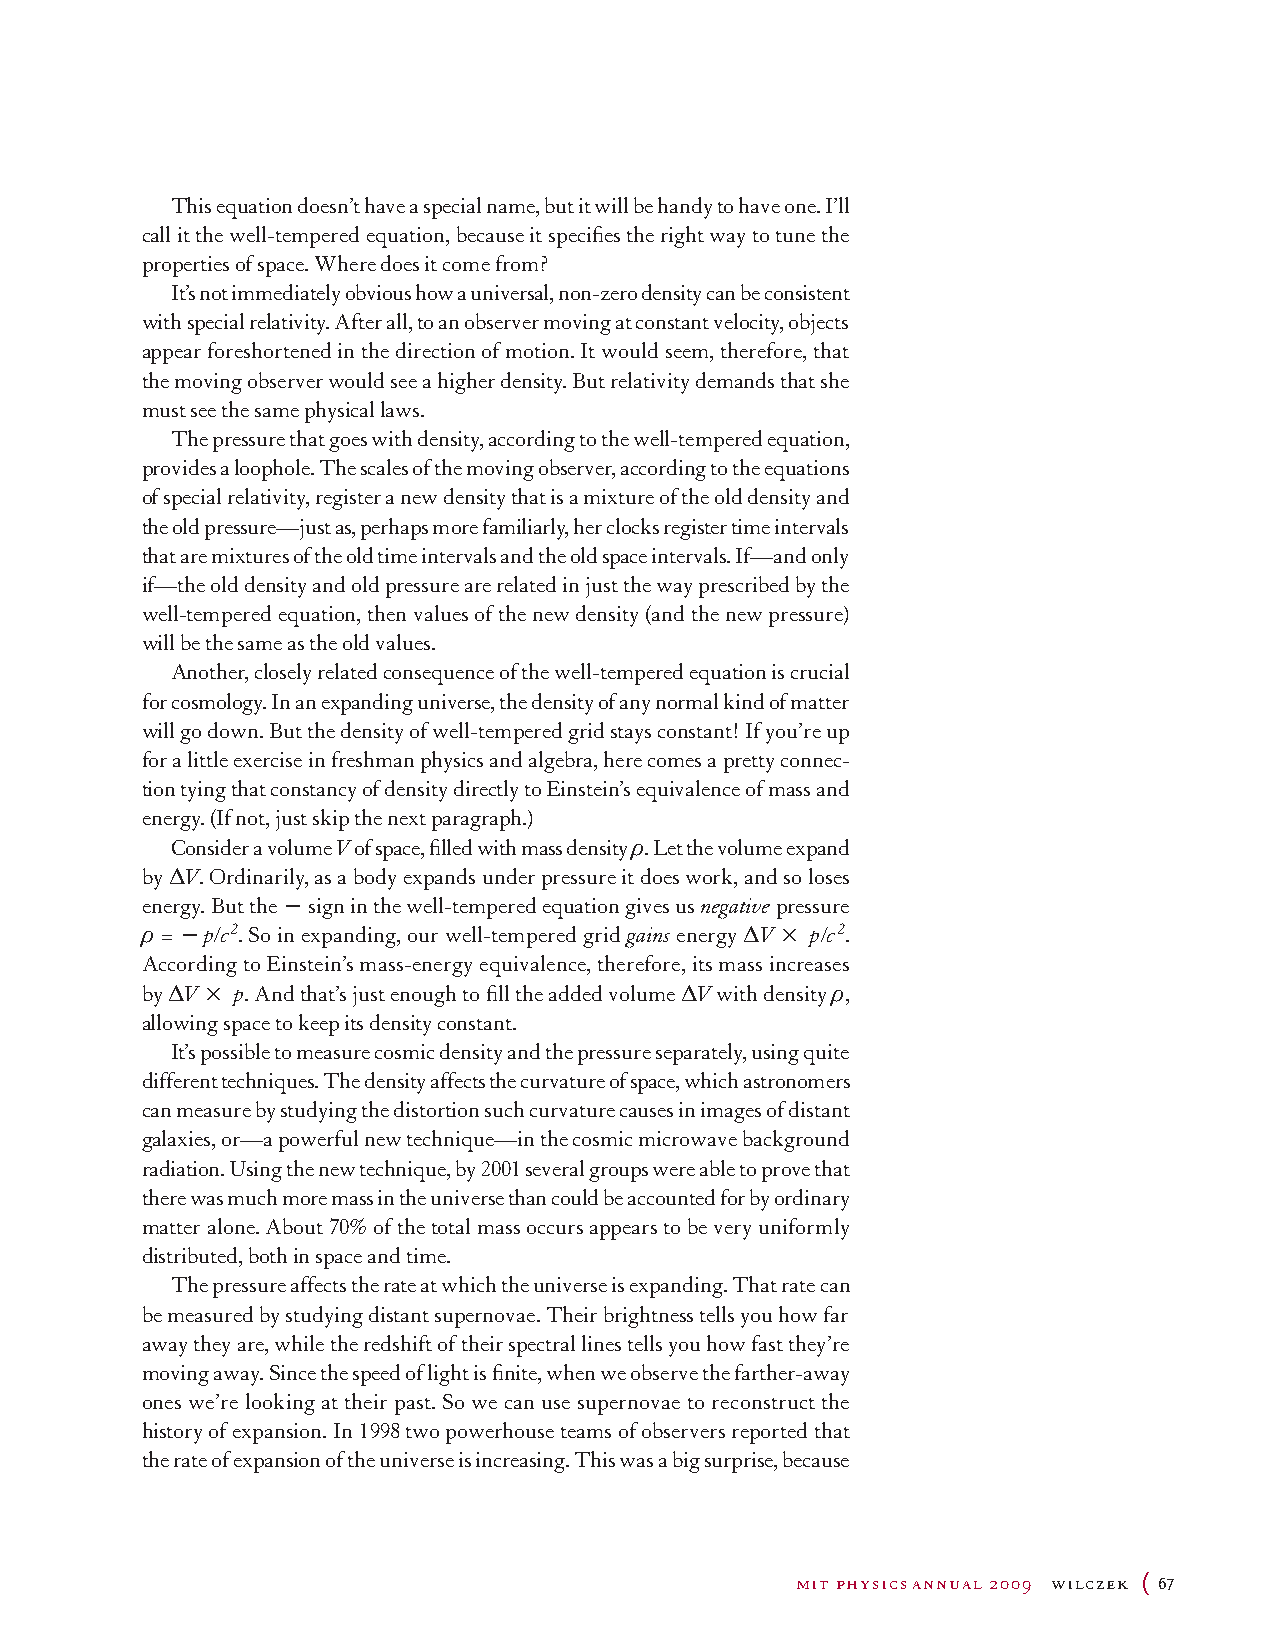
This equation doesn’t have a special name, but it will be handy to have one. I’ll
 call it the well-tempered equation, because it specifies the right way to tune the
 properties of space. Where does it come from?
 It’s not immediately obvious how a universal, non-zero density can be consistent
 with special relativity. After all, to an observer moving at constant velocity, objects
 appear foreshortened in the direction of motion. It would seem, therefore, that
 the moving observer would see a higher density. But relativity demands that she
 must see the same physical laws.
 The pressure that goes with density, according to the well-tempered equation,
 provides a loophole. The scales of the moving observer, according to the equations
 of special relativity, register a new density that is a mixture of the old density and
 the old pressure—just as, perhaps more familiarly, her clocks register time intervals
 that are mixtures of the old time intervals and the old space intervals. If—and only
 if—the old density and old pressure are related in just the way prescribed by the
 well-tempered equation, then values of the new density (and the new pressure)
 will be the same as the old values.
 Another, closely related consequence of the well-tempered equation is crucial
 for cosmology. In an expanding universe, the density of any normal kind of matter
 will go down. But the density of well-tempered grid stays constant! If you’re up
 for a little exercise in freshman physics and algebra, here comes a pretty connec-
 tion tying that constancy of density directly to Einstein’s equivalence of mass and
 energy. (If not, just skip the next paragraph.)
 Consider a volume V of space, filled with mass density ρ. Let the volume expand
 by ∆V. Ordinarily, as a body expands under pressure it does work, and so loses
 energy. But the - sign in the well-tempered equation gives us negative pressure
 ρ = - p/c2. So in expanding, our well-tempered grid gains energy ∆V × p/c2.
 According to Einstein’s mass-energy equivalence, therefore, its mass increases
 by ∆V × p. And that’s just enough to fill the added volume ∆V with density ρ,
 allowing space to keep its density constant.
 It’s possible to measure cosmic density and the pressure separately, using quite
 different techniques. The density affects the curvature of space, which astronomers
 can measure by studying the distortion such curvature causes in images of distant
 galaxies, or—a powerful new technique—in the cosmic microwave background
 radiation. Using the new technique, by 2001 several groups were able to prove that
 there was much more mass in the universe than could be accounted for by ordinary
 matter alone. About 70% of the total mass occurs appears to be very uniformly
 distributed, both in space and time.
 The pressure affects the rate at which the universe is expanding. That rate can
 be measured by studying distant supernovae. Their brightness tells you how far
 away they are, while the redshift of their spectral lines tells you how fast they’re
 moving away. Since the speed of light is finite, when we observe the farther-away
 ones we’re looking at their past. So we can use supernovae to reconstruct the
 history of expansion. In 1998 two powerhouse teams of observers reported that
 the rate of expansion of the universe is increasing. This was a big surprise, because
 mit physics annual 2009 wilczek ( 67